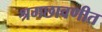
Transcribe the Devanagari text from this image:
श्रमछावणीत